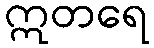
ဣတရေ